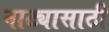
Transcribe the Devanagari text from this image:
नाट्यासाठी